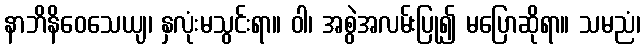
နာဘိနိဝေသေယျ၊ နှလုံးမသွင်းရာ။ ဝါ၊ အစွဲအလမ်းပြု၍ မပြောဆိုရာ။ သမညံ၊